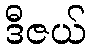
ဒီဇယ်